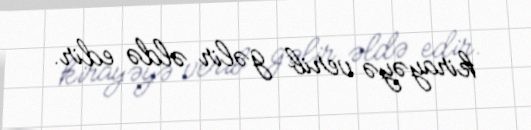
kirayəyə verib gəlir əldə edir.